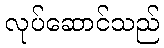
လုပ်ဆောင်သည်